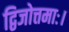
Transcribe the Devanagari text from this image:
द्विजोत्तमाः।